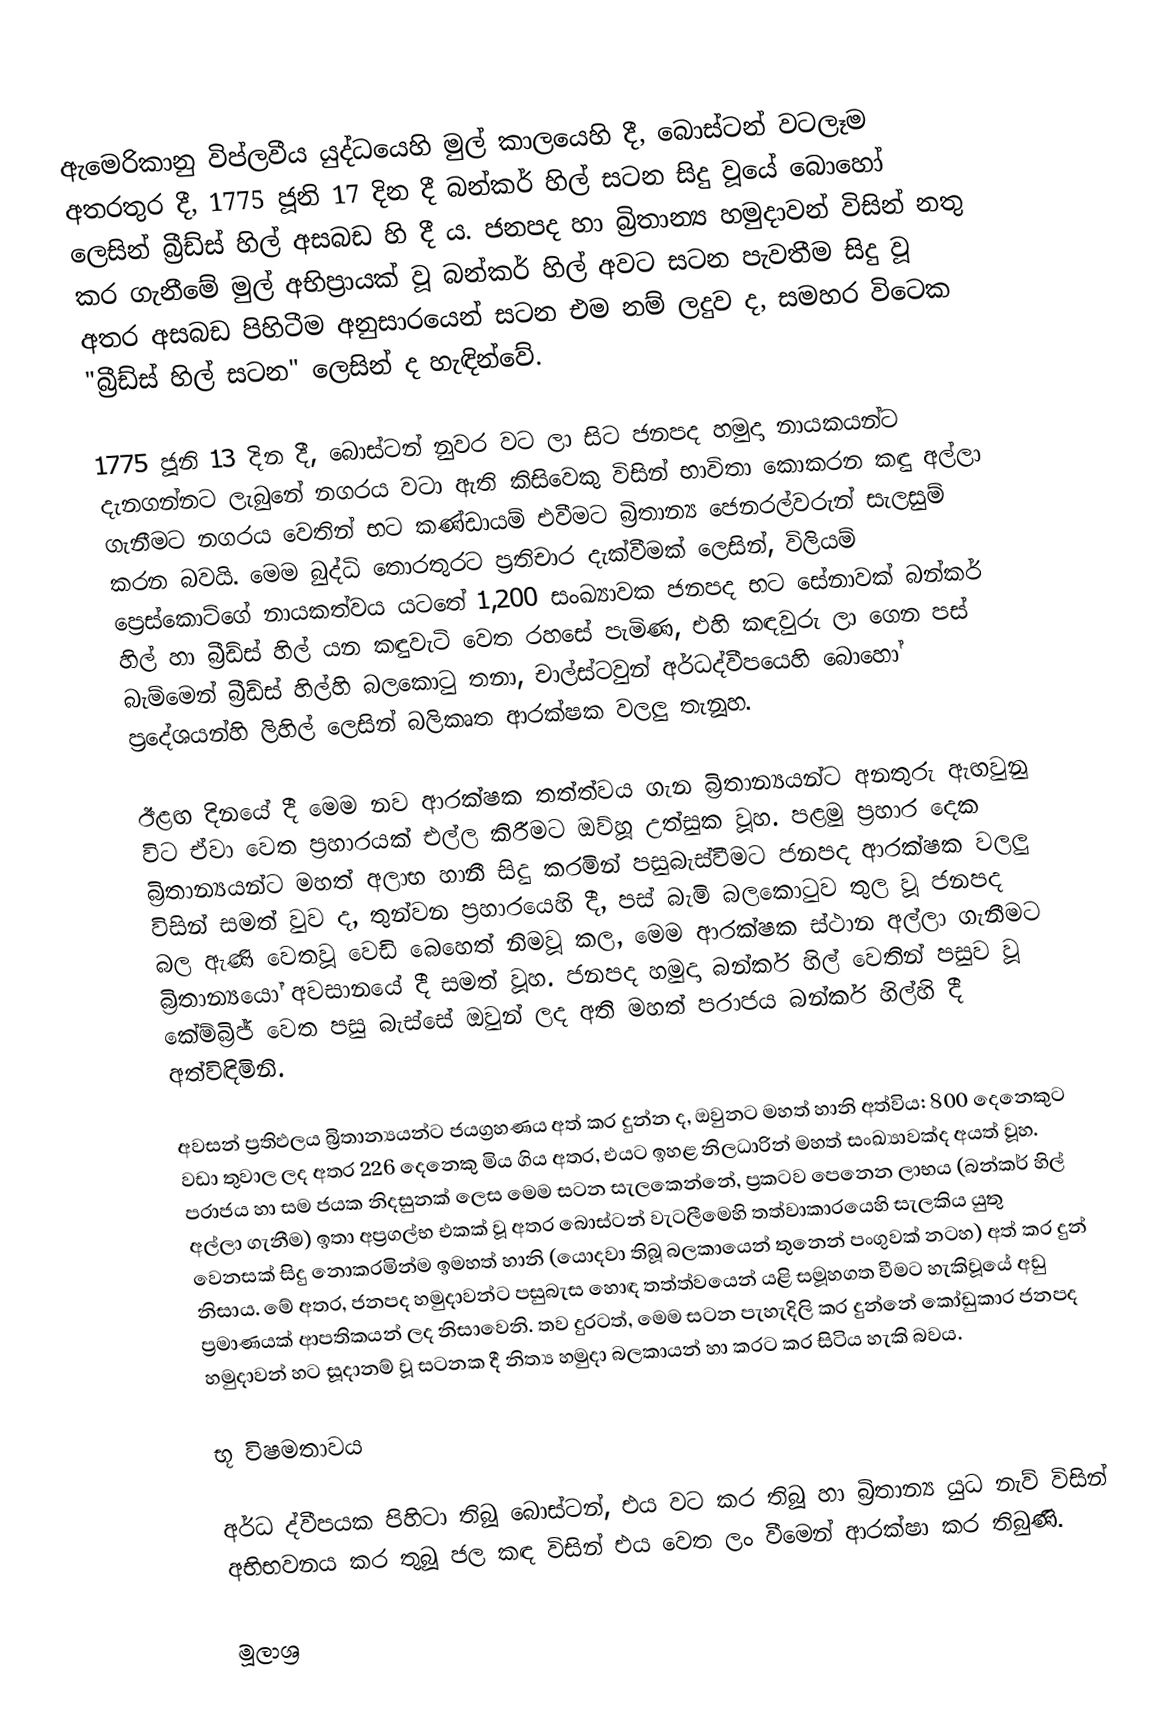
ඇමෙරිකානු විප්ලවීය යුද්ධයෙහි මුල් කාලයෙහි දී,  බොස්ටන් වටලෑම අතරතුර දී, 1775 ජූනි 17 දින දී බන්කර් හිල් සටන සිදු වූයේ බොහෝ ලෙසින්  බ්‍රීඩ්ස් හිල් අසබඩ හි දී ය. ජනපද හා බ්‍රිතාන්‍ය හමුදාවන් විසින් නතු කර ගැනීමේ මුල් අභිප්‍රායක් වූ බන්කර් හිල් අවට සටන පැවතීම සිදු වූ  අතර අසබඩ  පිහිටීම  අනුසාරයෙන් සටන එම නම් ලදුව ද, සමහර විටෙක  "බ්‍රීඩ්ස් හිල් සටන" ලෙසින් ද හැඳින්වේ.

1775 ජූනි 13 දින දී, බොස්ටන් නුවර වට ලා සිට ජනපද හමුදා නායකයන්ට දැනගන්නට ලැබුනේ නගරය වටා ඇති කිසිවෙකු විසින් භාවිතා කොකරන කඳු අල්ලා ගැනීමට නගරය වෙතින් භට කණ්ඩායම් එවීමට බ්‍රිතාන්‍ය ජෙනරල්වරුන් සැලසුම් කරන බවයි. මෙම බුද්ධි තොරතුරට ප්‍රතිචාර දැක්වීමක් ලෙසින්,   විලියම් ප්‍රෙස්කොට්ගේ නායකත්වය යටතේ 1,200 සංඛ්‍යාවක ජනපද භට සේනාවක් බන්කර් හිල් හා බ්‍රීඩ්ස් හිල් යන කඳුවැටි වෙත රහසේ පැමිණ, එහි කඳවුරු ලා ගෙන පස් බැම්මෙන් බ්‍රීඩ්ස් හිල්හි බලකොටු තනා, චාල්ස්ටවුන් අර්ධද්වීපයෙහි බොහෝ ප්‍රදේශයන්හි ලිහිල් ලෙසින් බලිකෘත ආරක්ෂක වලලු  තැනූහ.

ඊළඟ දිනයේ දී මෙම නව ආරක්ෂක තත්ත්වය ගැන බ්‍රිතාන්‍යයන්ට අනතුරු ඇඟවුනු විට ඒවා වෙත ප්‍රහාරයක් එල්ල කිරීමට ඔව්හූ උත්සුක වූහ. පළමු ප්‍රහාර දෙක බ්‍රිතාන්‍යයන්ට මහත් අලාභ හානී සිදු කරමින් පසුබැස්වීමට ජනපද ආරක්ෂක වලලු විසින් සමත් වුව ද, තුන්වන ප්‍රහාරයෙහි දී,  පස් බැමි බලකොටුව තුල වූ ජනපද බල ඇණි වෙතවූ වෙඩි බෙහෙත් නිමවූ කල, මෙම ආරක්ෂක ස්ථාන අල්ලා ගැනීමට බ්‍රිතාන්‍යයෝ අවසානයේ දී සමත් වූහ. ජනපද හමුදා බන්කර් හිල් වෙතින් පසුව වූ කේම්බ්‍රිජ් වෙත පසු බැස්සේ ඔවුන් ලද අති මහත් පරාජය බන්කර් හිල්හි දී අත්විඳිමිනි.

අවසන් ප්‍රතිඵලය බ්‍රිතාන්‍යයන්ට ජයග්‍රහණය අත් කර දුන්න ද, ඔවුනට මහත් හානි අත්විය: 800 දෙනෙකුට වඩා තුවාල ලද අතර 226 දෙනෙකු මිය ගිය අතර, එයට ඉහළ නිලධාරින් මහත් සංඛ්‍යාවක්ද අයත් වූහ.  පරාජය හා සම ජයක නිදසුනක් ලෙස මෙම සටන සැලකෙන්නේ, ප්‍රකටව පෙනෙන ලාභය (බන්කර් හිල් අල්ලා ගැනීම) ඉතා අප්‍රගල්භ එකක් වූ අතර බොස්ටන් වැටලීමෙහි තත්වාකාරයෙහි සැලකිය යුතු වෙනසක් සිදු නොකරමින්ම ඉමහත් හානි (යොදවා තිබූ බලකායෙන් තුනෙන් පංගුවක් නටහ) අත් කර දුන් නිසාය.  මේ අතර, ජනපද හමුදාවන්ට පසුබැස හොඳ තත්ත්වයෙන් යළි සමූහගත වීමට හැකිවූයේ අඩු ප්‍රමාණයක් ආපතිකයන් ලද නිසාවෙනි. තව දුරටත්, මෙම සටන පැහැදිලි කර දුන්නේ කෝඩුකාර ජනපද හමුදාවන් හට සූදානම් වූ සටනක දී නිත්‍ය හමුදා බලකායන් හා කරට කර සිටිය හැකි බවය.

භූ විෂමතාවය

අර්ධ ද්වීපයක පිහිටා තිබූ බොස්ටන්,  එය වට කර තිබූ හා බ්‍රිතාන්‍ය යුධ නැව් විසින් අභිභවනය කර තුබූ ජල කඳ විසින් එය වෙත ලං වීමෙන් ආරක්ෂා කර තිබුණි.

මූලාශ්‍ර